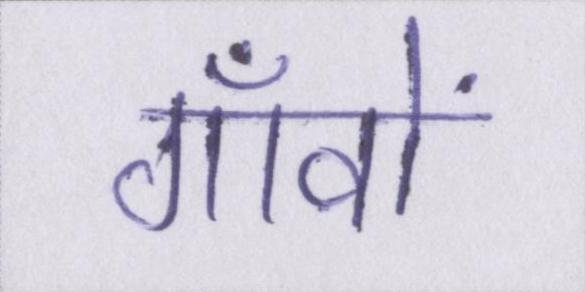
गाँवों